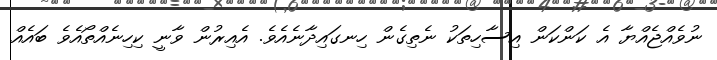
ނުވެއްޖެއްޔާ އެ ކަންކަން އިސާހިތަކު ނެތިގެން ހިނގައިދާނެއެވެ. އެއިރުން ވާނީ ކިހިނެއްތޯއެވެ ބައެއް